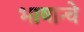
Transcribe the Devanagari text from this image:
भाषान्चे